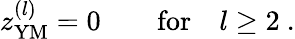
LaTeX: z_{\mathrm{YM}}^{(l)}=0\qquad\mathrm{for}\quad l\geq 2\ .